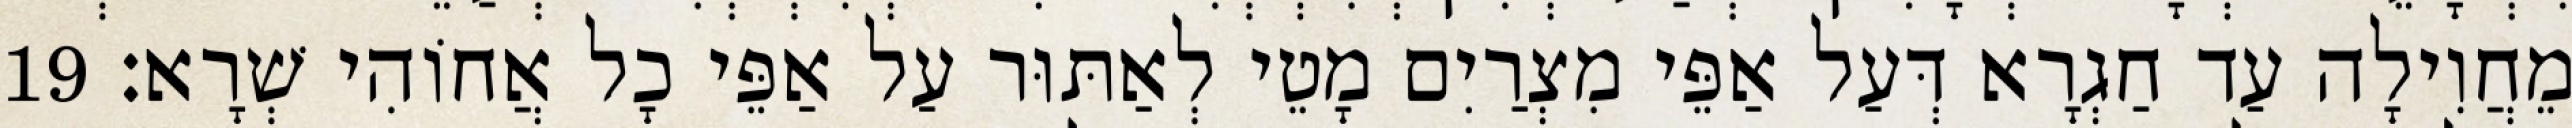
מֵחֲוִילָה עַד חַגְרָא דְּעַל אַפֵּי מִצְרַיִם מָטֵי לְאַתּוּר עַל אַפֵּי כָל אֲחוֹהִי שְׁרָא׃ 19